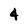
Character: 4